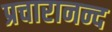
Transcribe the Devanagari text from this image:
प्रचारानन्द